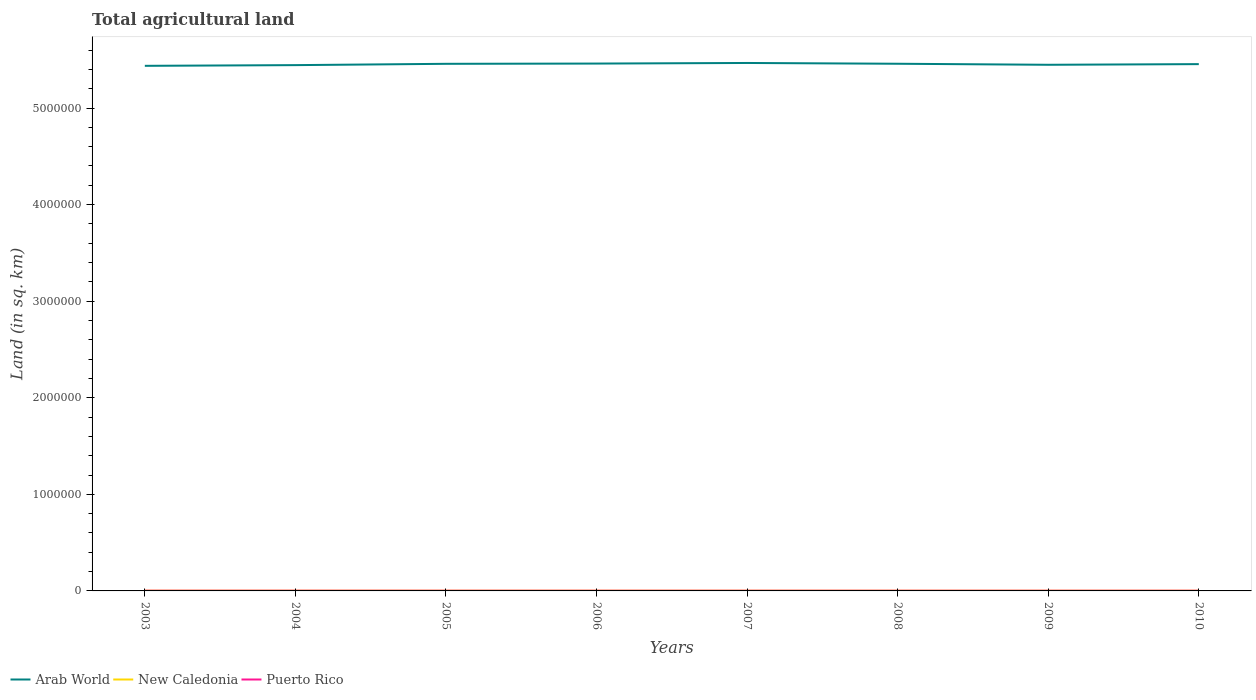
| Years | Arab World | New Caledonia | Puerto Rico |
 | --- | --- | --- | --- |
 | 2003 | 5.44e+06 | 2.44e+03 | 2.16e+03 |
 | 2004 | 5.44e+06 | 2.37e+03 | 2.1e+03 |
 | 2005 | 5.46e+06 | 2.3e+03 | 2.01e+03 |
 | 2006 | 5.46e+06 | 2.25e+03 | 1.95e+03 |
 | 2007 | 5.47e+06 | 2.18e+03 | 1.89e+03 |
 | 2008 | 5.46e+06 | 2.11e+03 | 1.91e+03 |
 | 2009 | 5.45e+06 | 2.06e+03 | 1.92e+03 |
 | 2010 | 5.45e+06 | 1.99e+03 | 1.94e+03 |